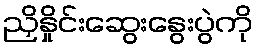
ညှိနှိုင်းဆွေးနွေးပွဲကို